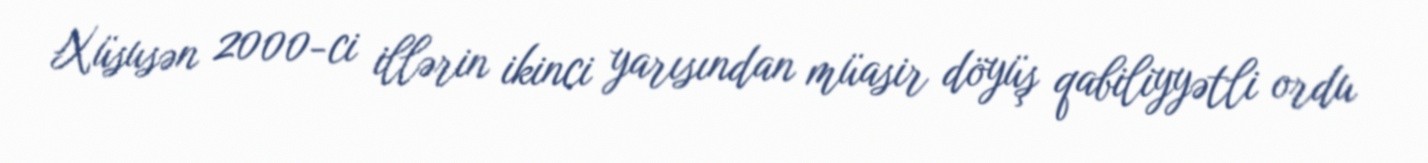
Xüsusən 2000-ci illərin ikinci yarısından müasir döyüş qabiliyyətli ordu